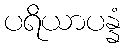
ပရိယာပန္နံ